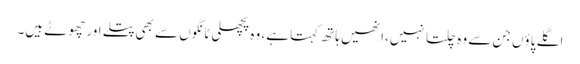
اگلے پاؤں جن سے وہ چلتا نہیں، انھیں ہاتھ کہتا ہے، وہ پچھلی ٹانگوں سے بھی پتلے اور چھوٹے ہیں۔